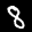
Label: 8